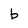
Character: b